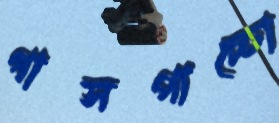
গাসপাচ্চো